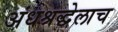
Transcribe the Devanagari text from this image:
अंधश्रद्धेलाच